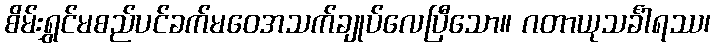
စိမ်းရွှင်မစည်ပင်ခက်မဝေအသက်ချုပ်လေပြီသော။ ဂတာယုသင်္ခါရဿ၊